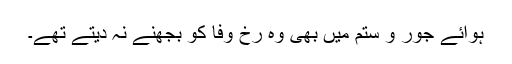
ہوائے جور و ستم میں بھی وہ رخ وفا کو بجھنے نہ دیتے تھے۔